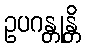
ဥပဂန္တုန္တိ